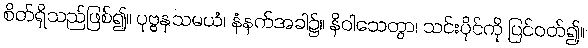
စိတ်ရှိသည်ဖြစ်၍။ ပုဗ္ဗနှသမယံ၊ နံနက်အခါ၌။ နိဝါသေတွာ၊ သင်းပိုင်ကို ပြင်ဝတ်၍။